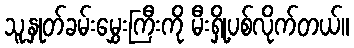
သူ့နှုတ်ခမ်းမွှေးကြီးကို မီးရှို့ပစ်လိုက်တယ်။